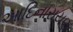
આદિનારાયણ